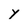
Character: y